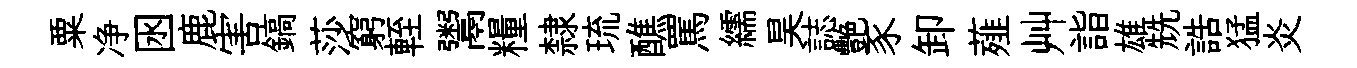
粟净囦鹿害鎬莎窮輊鬻糧隸琉醮罵繻昊誌艷豕卸薤艸詣雄兟誥猛炎